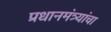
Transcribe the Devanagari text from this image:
प्रधानमंत्र्यांचा